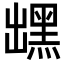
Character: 𪐽